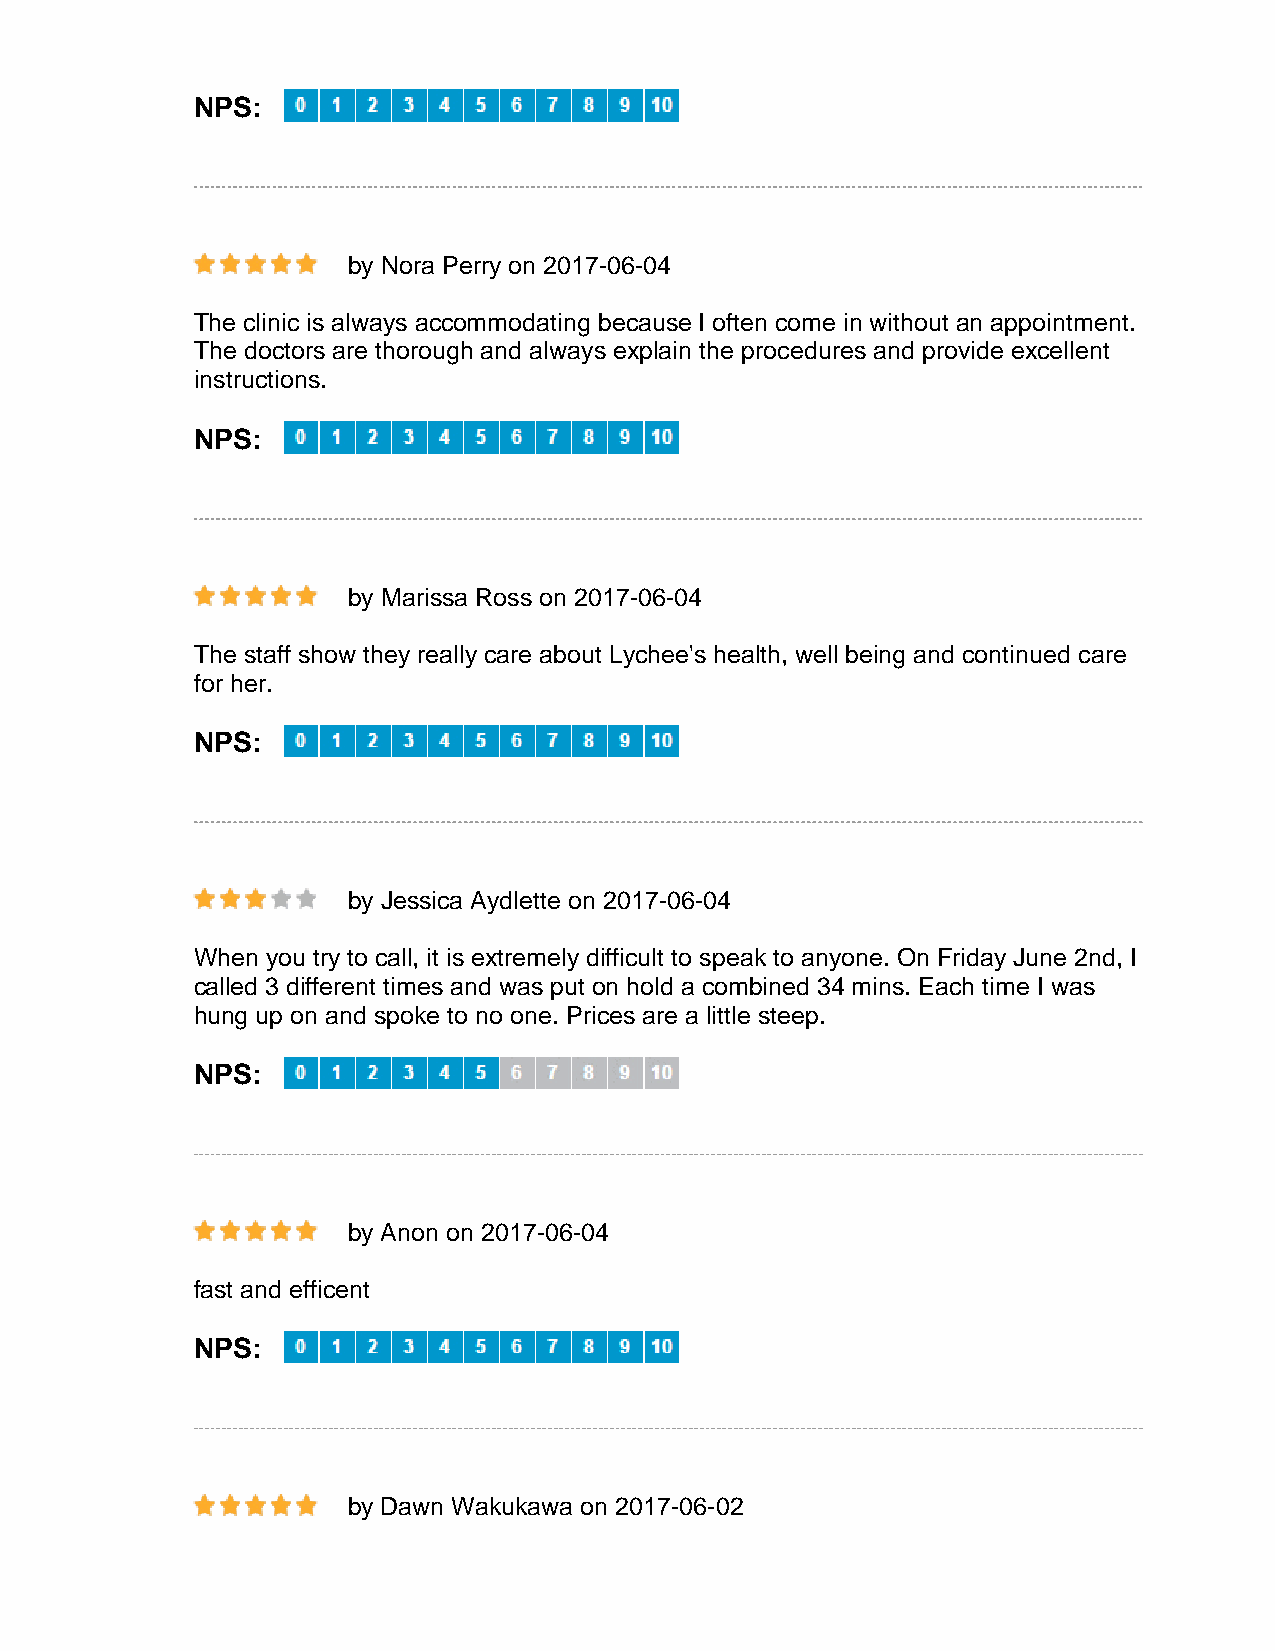
NPS:
 by Nora Perry on 2017-06-04
 The clinic is always accommodating because I often come in without an appointment.
 The doctors are thorough and always explain the procedures and provide excellent
 instructions.
 NPS:
 by Marissa Ross on 2017-06-04
 The staff show they really care about Lychee's health, well being and continued care
 for her.
 NPS:
 by Jessica Aydlette on 2017-06-04
 When you try to call, it is extremely difficult to speak to anyone. On Friday June 2nd, I
 called 3 different times and was put on hold a combined 34 mins. Each time I was
 hung up on and spoke to no one. Prices are a little steep.
 NPS:
 by Anon on 2017-06-04
 fast and efficent
 NPS:
 by Dawn Wakukawa on 2017-06-02